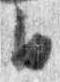
日